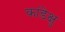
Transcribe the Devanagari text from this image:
कांडेक्षु